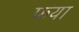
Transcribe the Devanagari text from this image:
फया